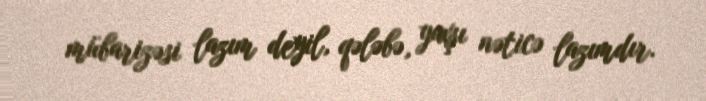
mübarizəsi lazım deyil, qələbə, yaxşı nəticə lazımdır.